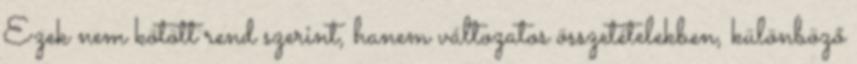
Ezek nem kötött rend szerint, hanem változatos összetételekben, különböző